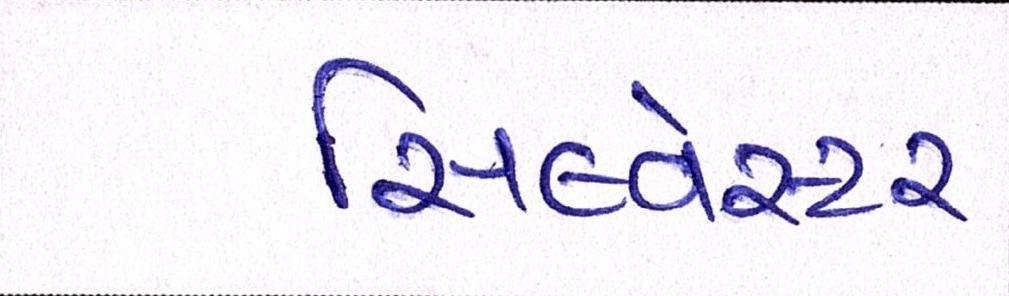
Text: સિલ્વેસ્ટર